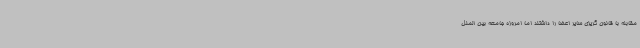
مقابله با قانون گریزی سایر اعضا را داشتند اما امروزه جامعه بین الملل